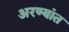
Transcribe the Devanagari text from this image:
अरण्यांत